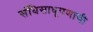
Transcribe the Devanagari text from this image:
संधिसाधूपणाची